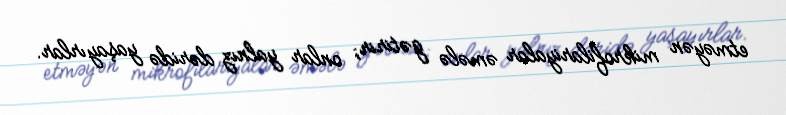
etməyən mikrofilariyalar əmələ gətirir; onlar yalnız dəridə yaşayırlar.